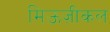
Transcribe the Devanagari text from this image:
मिऊज़ीकल